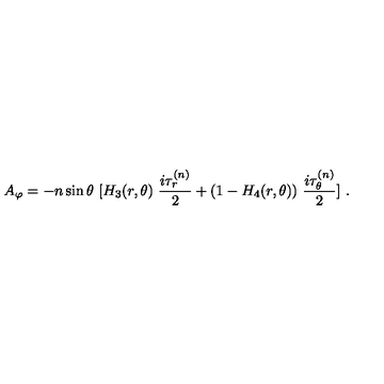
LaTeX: A _ { \varphi } = - n \sin \theta \ [ H _ { 3 } ( r , \theta ) \ \frac { i \tau _ { r } ^ { ( n ) } } { 2 } + ( 1 - H _ { 4 } ( r , \theta ) ) \ \frac { i \tau _ { \theta } ^ { ( n ) } } { 2 } ] \ .